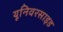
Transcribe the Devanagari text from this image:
यूनिवरसाइड